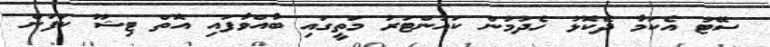
ސޭޓު އެކަމާ ދެކޮޅު ހެދުމުން ކައުންޓަރު މަތީގައި ބާއްވާފައި އޮތް ޓިޝޫ ކަފަން